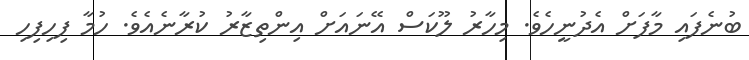
ބުނެފައި މާފަށް އެދުނީހެވެ. މިހާރު ލޫކަސް އޭނައަށް އިންތިޒާރު ކުރާނެއެވެ. ހުމާ ފިހިފިހި